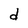
Character: d